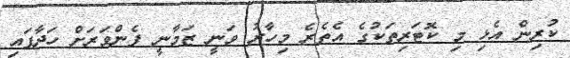
ކުރިން އެޅި މި ކޮޓަރިތަކުގެ އެތެރެ މިހާރު ވަނީ ޒަމާނީ ފެންވަރަށް ހަދާފައި